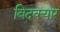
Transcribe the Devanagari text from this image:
बिदक्यार